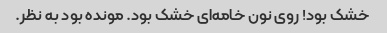
خشک بود! روی نون خامه‌ای خشک بود. مونده بود به نظر.